Report on sanitation, dispensaries, and jails in Rajputana for 1914, and on vaccination for the year 1914-1915 - 1914-1915
Year: 1914
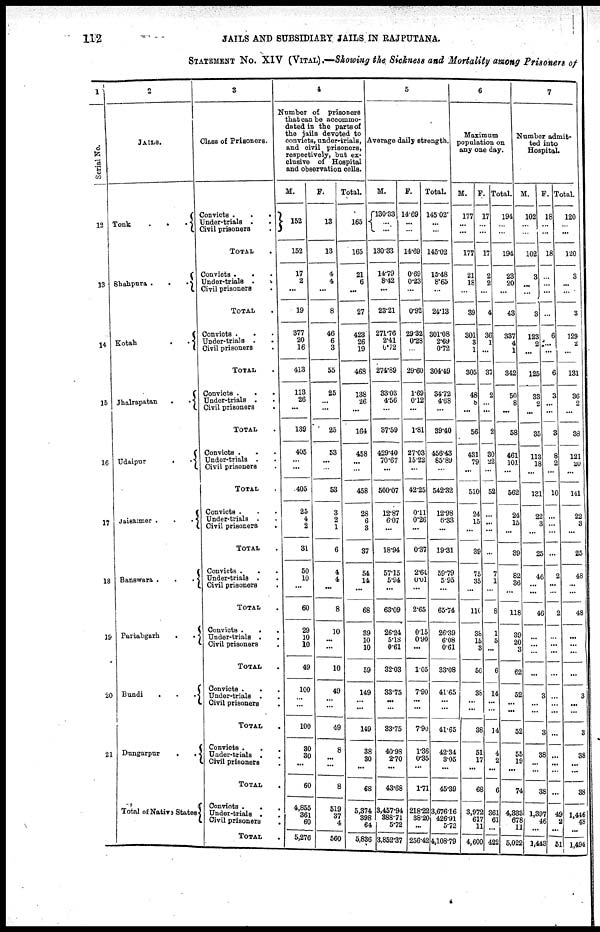
112
JAILS AND SUBSIDIARY JAILS IN RAJPUTANA.
STATEMENT No. XIV (VITAL) .—Showing the Sickness and Mortality among Prisoners of
1
Serial No.
12
13
14
15
16
17
18
19
20
21
2
JAILS.
Tonk
.
.
.
Shahpura .
.
.
Kotah
.
.
Jhalrapatan
.
.
Udaipur
.
.
Jaisalmer .
.
.
Banswara .
.
.
Partabgarh
.
.
Bundi
.
.
.
Dungarpur
.
.
Total of Native States
3
Class of Prisoners.
Convicts .
.
.
Under-trials .
.
Civil prisoners .
TOTAL .
Convicts . . .
Under-trials .
.
Civil prisoners .
TOTAL .
Convicts . . .
Under-trials . .
Civil prisoners .
TOTAL .
Convicts . . .
Under-trials . .
Civil prisoners .
TOTAL .
Convicts . . .
Under-trials . .
Civil prisoners .
TOTAL .
Convicts . . .
Under-trials . .
Civil prisoners .
TOTAL .
Convicts . . .
Under-trials . .
Civil prisoners .
TOTAL .
Convicts .
. .
Under-trials . .
Civil prisoners .
TOTAL .
Convicts . . .
Under-trials . .
Civil prisoners .
TOTAL .
Convicts . . .
Under-trials . .
Civil prisoners .
TOTAL .
Convicts . . .
Under-trials . .
Civil prisoners .
TOTAL .
4
Number of prisoners
that can be accommo-
dated in the parts of
the jails devoted to
convicts, under-trials,
and civil prisoners,
respectively, but ex-
clusive of Hospital
and observation cells.
M.
152
152
17
2
...
19
377
20
16
413
113
26
...
139
405
...
...
405
25
4
2
31
50
10
...
60
29
10
10
49
100
...
...
100
30
30
...
60
4,855
361
60
5,276
F.
13
13
4
4
...
8
46
6
3
55
25
...
...
25
53
...
...
53
3
2
1
6
4
4
...
8
10
...
...
10
49
...
...
49
8
...
...
8
519
37
4
560
Total.
165
165
21
6
...
27
423
26
19
468
138
26
...
164
458
...
...
458
28
6
3
37
54
14
...
68
39
10
10
59
149
...
...
149
38
30
...
68
5,374
398
64
5,886
5
Average daily strength.
M.
130.33
...
...
130.33
14.79
8.42
...
23.21
271.76
2.41
0.72
274.89
33.03
4.56
...
37.59
429.40
70.67
...
500.07
12.87
6.07
...
18.94
57.15
5.94
...
63.09
26.24
5.18
0.61
32.03
33.75
...
...
33.75
40.98
2.70
...
43.68
3,457.94
388.71
5.72
3,852.37
F.
14.69
...
...
14.69
0.69
0.23
...
0.92
29.32
0.28
...
29.60
1.69
0.12
...
1.81
27.03
15.22
...
42.25
0.11
0.26
...
0.37
2.64
0.01
...
2.65
0.15
0.90
...
1.05
7.90
...
...
7.90
1.36
0.35
...
1.71
218.22
38.20
...
256.42
Total.
145.02
...
...
145.02
15.48
8.65
...
24.13
301.08
2.69
0.72
304.49
34.72
4.68
...
39.40
456.43
85.89
...
542.32
12.98
6.33
...
19.31
59.79
5.95
...
65.74
26.39
6.08
0.61
33.08
41.65
...
...
41.65
42.34
3.05
...
45.39
3,676.16
426.91
5.72
4,108.79
6
Maximum
population on
any one day.
M.
177
...
...
177
21
18
...
39
301
3
1
305
48
8
...
56
431
79
...
510
24
15
...
39
75
35
...
110
38
15
3
56
38
...
...
38
51
17
...
68
3,972
617
11
4,600
F.
17
...
...
17
2
2
...
4
36
1
...
37
2
...
...
2
30
22
...
52
...
...
...
...
7
1
...
8
1
5
...
6
14
...
...
14
4
2
...
6
361
61
...
422
Total.
194
...
...
194
23
20
...
43
337
4
1
342
50
8
...
58
461
101
...
562
24
15
...
39
82
36
...
118
39
20
3
62
52
...
...
52
55
19
...
74
4,333
678
11
5,022
7
Number admit-
ted into
Hospital.
M.
102
...
...
102
3
...
...
3
123
2
...
125
33
2
...
35
113
18
...
131
22
3
...
25
46
...
...
46
...
...
...
...
3
...
...
3
38
...
...
38
1,397
46
...
1,443
F.
18
...
...
18
...
...
...
...
6
...
...
6
3
...
...
3
8
2
...
10
...
...
...
...
2
...
...
2
...
...
...
...
...
...
...
...
...
...
...
...
49
2
...
51
Total.
120
...
...
120
3
...
...
3
129
2
...
131
36
2
...
38
121
20
...
141
22
3
...
25
48
...
...
48
...
...
...
...
3
...
...
3
38
...
...
38
1,446
48
...
1,494